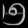
Digit: ၅